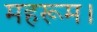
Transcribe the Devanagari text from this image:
महरूम।